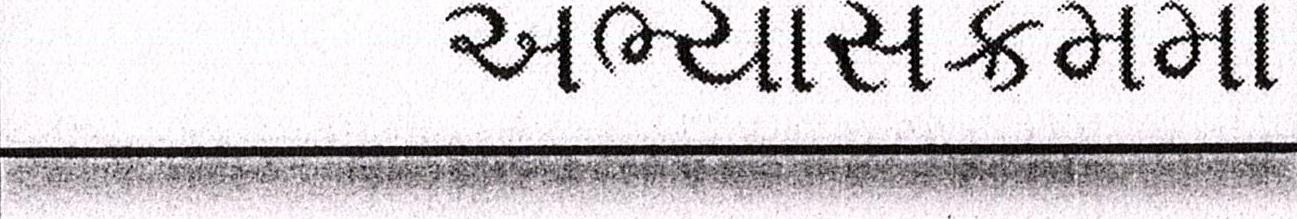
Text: અભ્યાસક્રમમાં